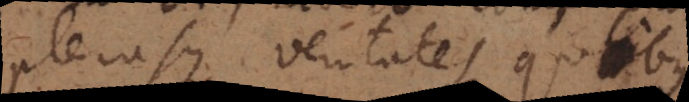
plerasque veritates quibus